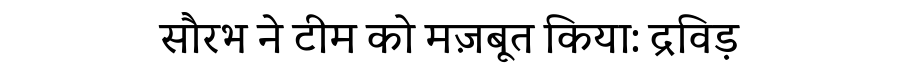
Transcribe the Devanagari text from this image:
सौरभ ने टीम को मज़बूत किया: द्रविड़